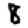
Digit: 8